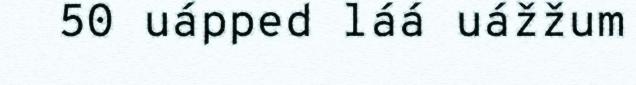
50 uápped láá uážžum